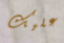
عليك